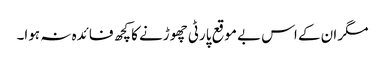
مگر ان کے اس بے موقع پارٹی چھوڑنے کا کچھ فائدہ نہ ہوا۔